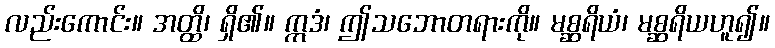
လည်းကောင်း။ အတ္ထိ၊ ရှိ၏။ ဣဒံ၊ ဤသဘောတရားကို။ မစ္ဆရိယံ၊ မစ္ဆရိယဟူ၍။